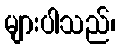
များပါသည်၊